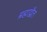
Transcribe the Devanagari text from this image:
ब्रह्माद्वैत